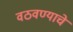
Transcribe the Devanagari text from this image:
वठवण्याचे